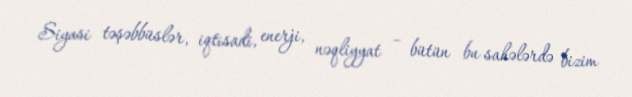
Siyasi təşəbbüslər, iqtisadi, enerji, nəqliyyat – bütün bu sahələrdə bizim